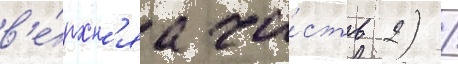
в'е́рхн'яа ча́сть 2) /